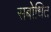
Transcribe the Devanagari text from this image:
सबोधित